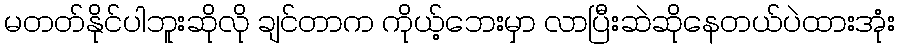
မတတ်နိုင်ပါဘူးဆိုလို ချင်တာက ကိုယ့်ဘေးမှာ လာပြီးဆဲဆိုနေတယ်ပဲထားအုံး